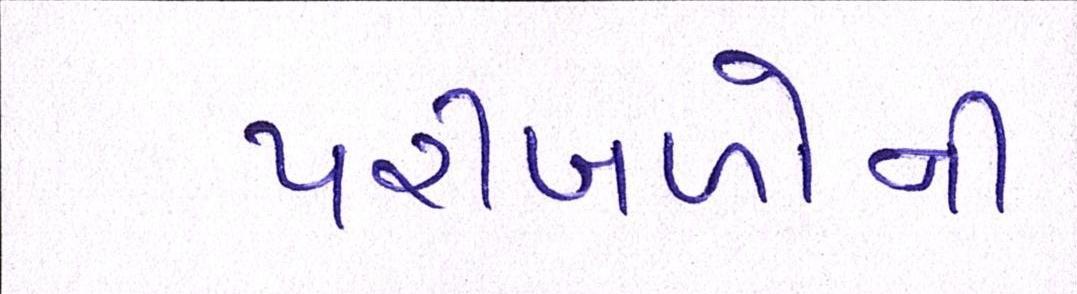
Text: પરીબળોની